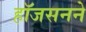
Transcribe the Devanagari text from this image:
हॉजसनने